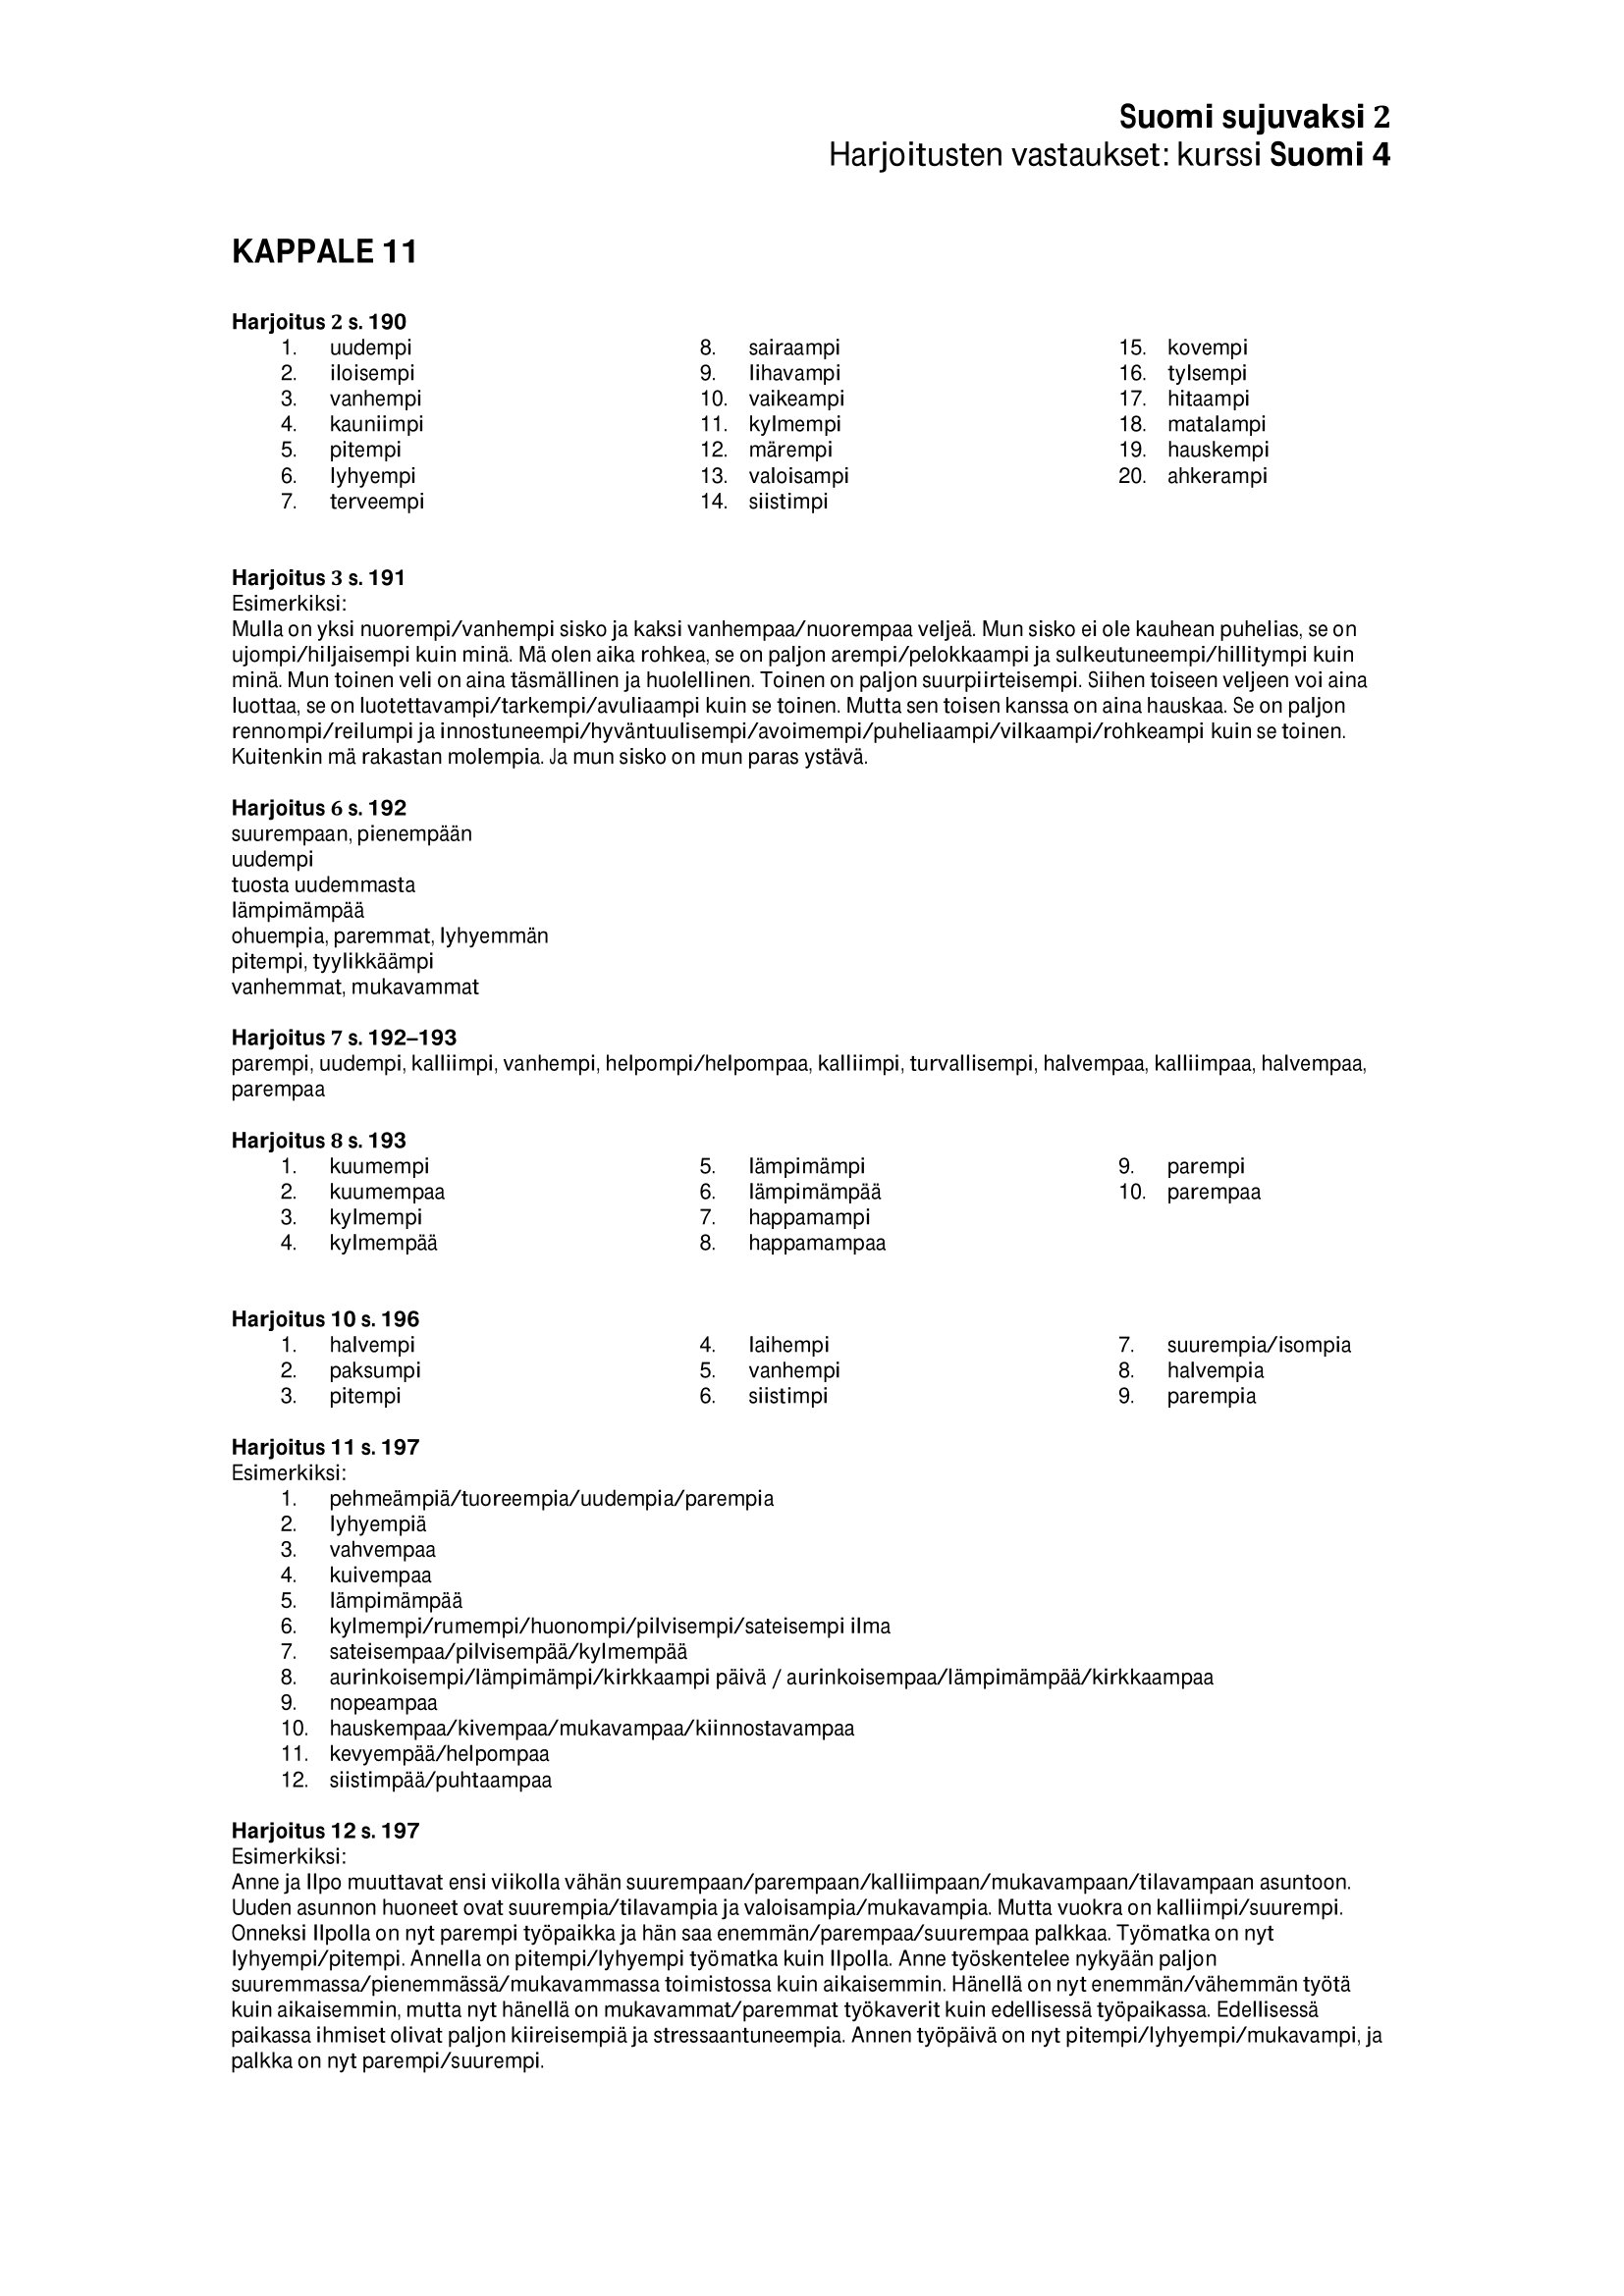
Language: fn